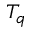
T _ { q }